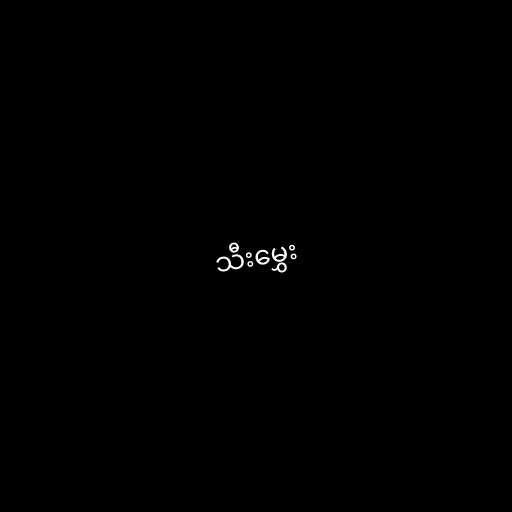
သီးမွှေး